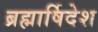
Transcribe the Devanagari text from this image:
ब्रह्मार्षिदेश